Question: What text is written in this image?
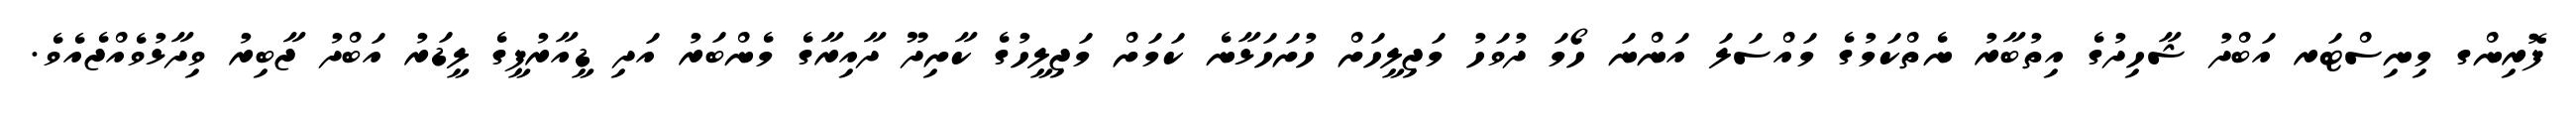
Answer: ފޮރިންގ މިނިސްޓަރ އަބްދު ޝާހިދުގެ އިތުބާރު ނެތްކަމުގެ މައްސަލަ އަންނަ ހޯމަ ދުވަހު މަޖިލީހަށް ހުށަހަޅާނެ ކަމަށް މަޖިލީހުގެ ކާށިދޫ ދާއިރާގެ މެންބަރު އަދި ޑީއާރުޕީގެ ލީޑަރު އަބްދު ޖާބިރު ވިދާޅުވެއްޖެއެވެ.